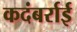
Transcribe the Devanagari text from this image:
कदंबर्राई